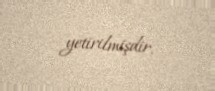
yetirilmişdir.